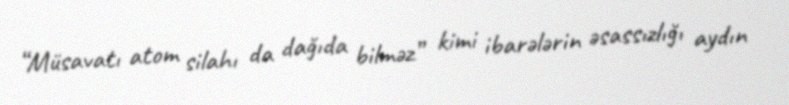
“Müsavatı atom silahı da dağıda bilməz” kimi ibarələrin əsassızlığı aydın